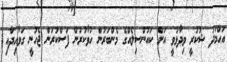
އަހްމަދު ޝުކުރީ ވިދާޅުވީ އަށް ކައުންސިލެއްގެ މެންބަރުން ހުވާކުރުން ފަސްކުރަން ޖެހުނީ ގަވާއިދާއި